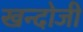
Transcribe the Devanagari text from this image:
खन्दोजी